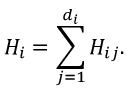
H _ { i } = \sum _ { j = 1 } ^ { d _ { i } } H _ { i j } .